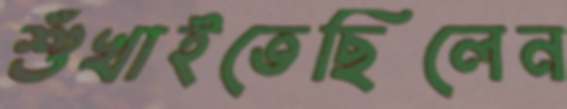
শুঁখাইতেছিলেন